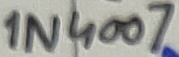
Text: 1N4007